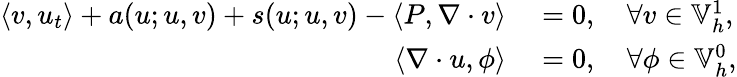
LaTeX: \begin{array}{rl}{\left\langle v,u_{t}\right\rangle+a(u;u,v)+s(u;u,v)-\left\langle P,\nabla\cdot v\right\rangle}&{{}=0,\quad\forall v\in\mathbb{V}_{h}^{1},}\\ {\left\langle\nabla\cdot u,\phi\right\rangle}&{{}=0,\quad\forall\phi\in\mathbb{V}_{h}^{0},}\end{array}